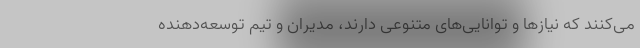
می‌کنند که نیازها و توانایی‌های متنوعی دارند، مدیران و تیم توسعه‌دهنده